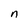
Character: n